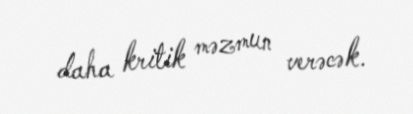
daha kritik məzmun verəcək.